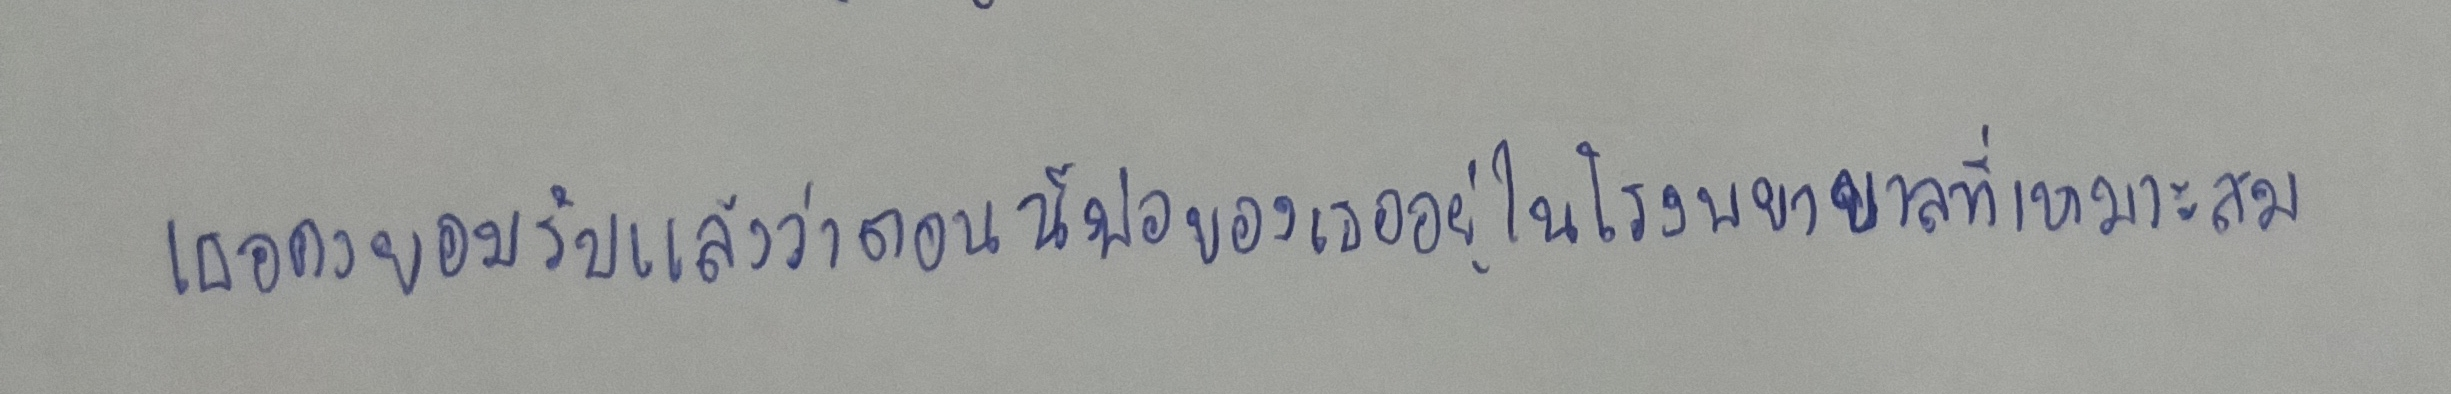
"เธอคงยอมรับแล้วว่าตอนนี้พ่อของเธออยู่ในโรงพยาบาลที่เหมาะสม